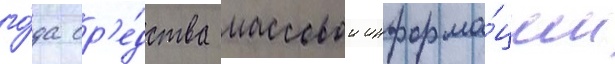
го́да ср'е́дства массовои информа́ции